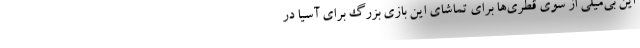
این بی‌میلی از سوی قطری‌ها برای تماشای این بازی بزرگ برای آسیا در